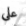
علي